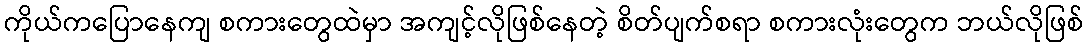
ကိုယ်ကပြောနေကျ စကားတွေထဲမှာ အကျင့်လိုဖြစ်နေတဲ့ စိတ်ပျက်စရာ စကားလုံးတွေက ဘယ်လိုဖြစ်